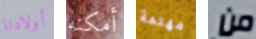
أولادنا أمكنه مهتمة من